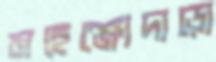
মহেঞ্জোদাড়ো